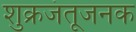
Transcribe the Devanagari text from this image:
शुक्रजंतूजनक